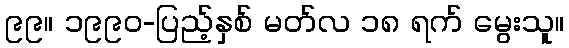
၉၉။ ၁၉၉၀-ပြည့်နှစ် မတ်လ ၁၈ ရက် မွေးသူ။